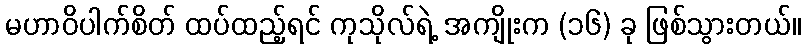
မဟာဝိပါက်စိတ် ထပ်ထည့်ရင် ကုသိုလ်ရဲ့ အကျိုးက (၁၆) ခု ဖြစ်သွားတယ်။